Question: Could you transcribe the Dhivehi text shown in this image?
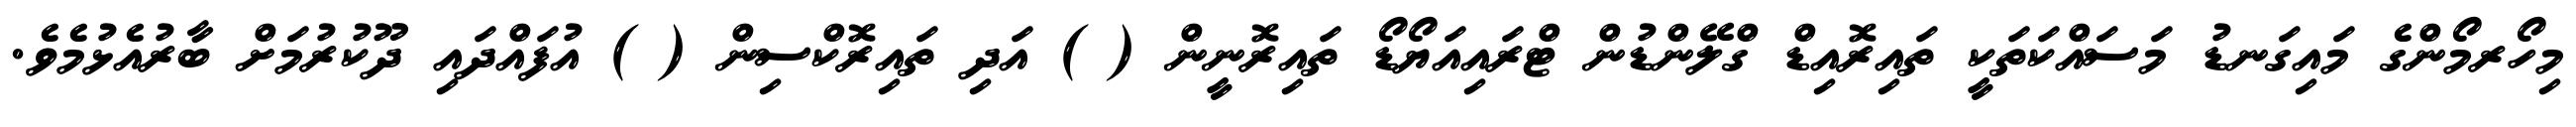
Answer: މިހޯރމޯންގެ މައިގަނޑު މަސައްކަތަކީ ތައިރޮއިޑް ގްލޭންޑުން ޓްރައިއަޔޯޑޯ ތައިރޮނީން ( ) އަދި ތައިރޮކްސިން ( ) އުފައްދައި ދޫކުރުމަށް ބާރުއެޅުމެވެ.